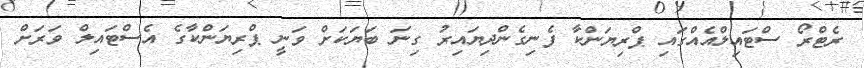
ރެޓްރޯ ސްޓައިލްއެއްގައި ޕްރިޔަންކާ ފެނިގެންދިޔައިރު ގިނަ ބަޔަކަށް ވަނީ ޕްރިޔަންކާގެ އެސްޓައިލް ވަރަށް